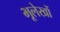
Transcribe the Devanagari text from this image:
भूलेखों